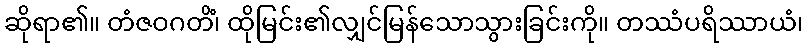
ဆိုရာ၏။ တံဇဝဂတိံ၊ ထိုမြင်း၏လျှင်မြန်သောသွားခြင်းကို။ တဿံပရိဿာယံ၊